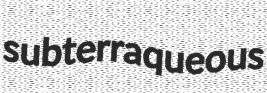
subterraqueous